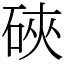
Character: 硤